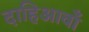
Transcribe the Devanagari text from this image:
दाहिआवाँ